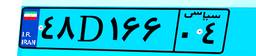
۴۸D۱۶۶۰۴